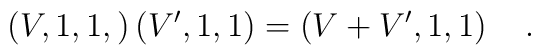
\left( V,1,1,\right) \left( V^{\prime },1,1\right) =\left(V+V^{\prime },1,1\right) \quad .